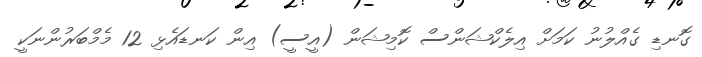
ގޮނޑި ގެއްލުނު ކަމަށް އިލެކްޝަންސް ކޮމިޝަން (އީސީ) އިން ކަނޑައެޅި 12 މެމްބަރުންނަކީ